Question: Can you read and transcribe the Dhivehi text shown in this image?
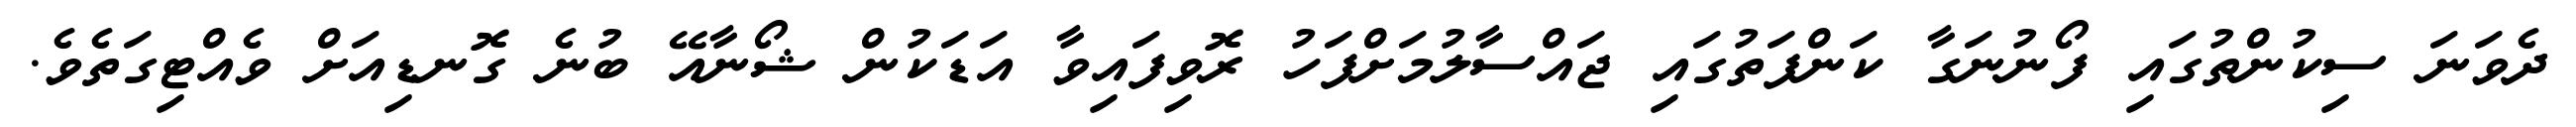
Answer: ދެވަނަ ސިކުންތުގައި ފޯނުނަގާ ކަންފަތުގައި ޖައްސާލުމަށްފަހު ރޮވިފައިވާ އަޑަކުން ޝޯނާއޭ ބުނެ ގޮނޑިއަށް ވެއްޓިގަތެވެ.